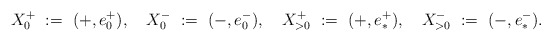
\begin{align*} X_0^+ \ := \ (+,e_0^+), \ \ \ X_0^- \ := \ (-,e_0^-), \ \ \ X_{>0}^+ \ := \ (+,e_{\ast}^+), \ \ \ X_{>0}^- \ := \ (-,e_{\ast}^-). \end{align*}